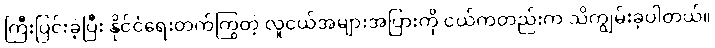
ကြီးပြင်းခဲ့ပြီး နိုင်ငံရေးတက်ကြွတဲ့ လူငယ်အများအပြားကို ငယ်ကတည်းက သိကျွမ်းခဲ့ပါတယ်။